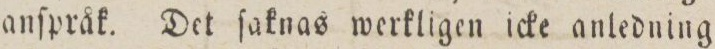
anſpråk. Det ſaknas werkligen icke anledning